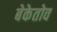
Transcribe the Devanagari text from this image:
बेकेतोव